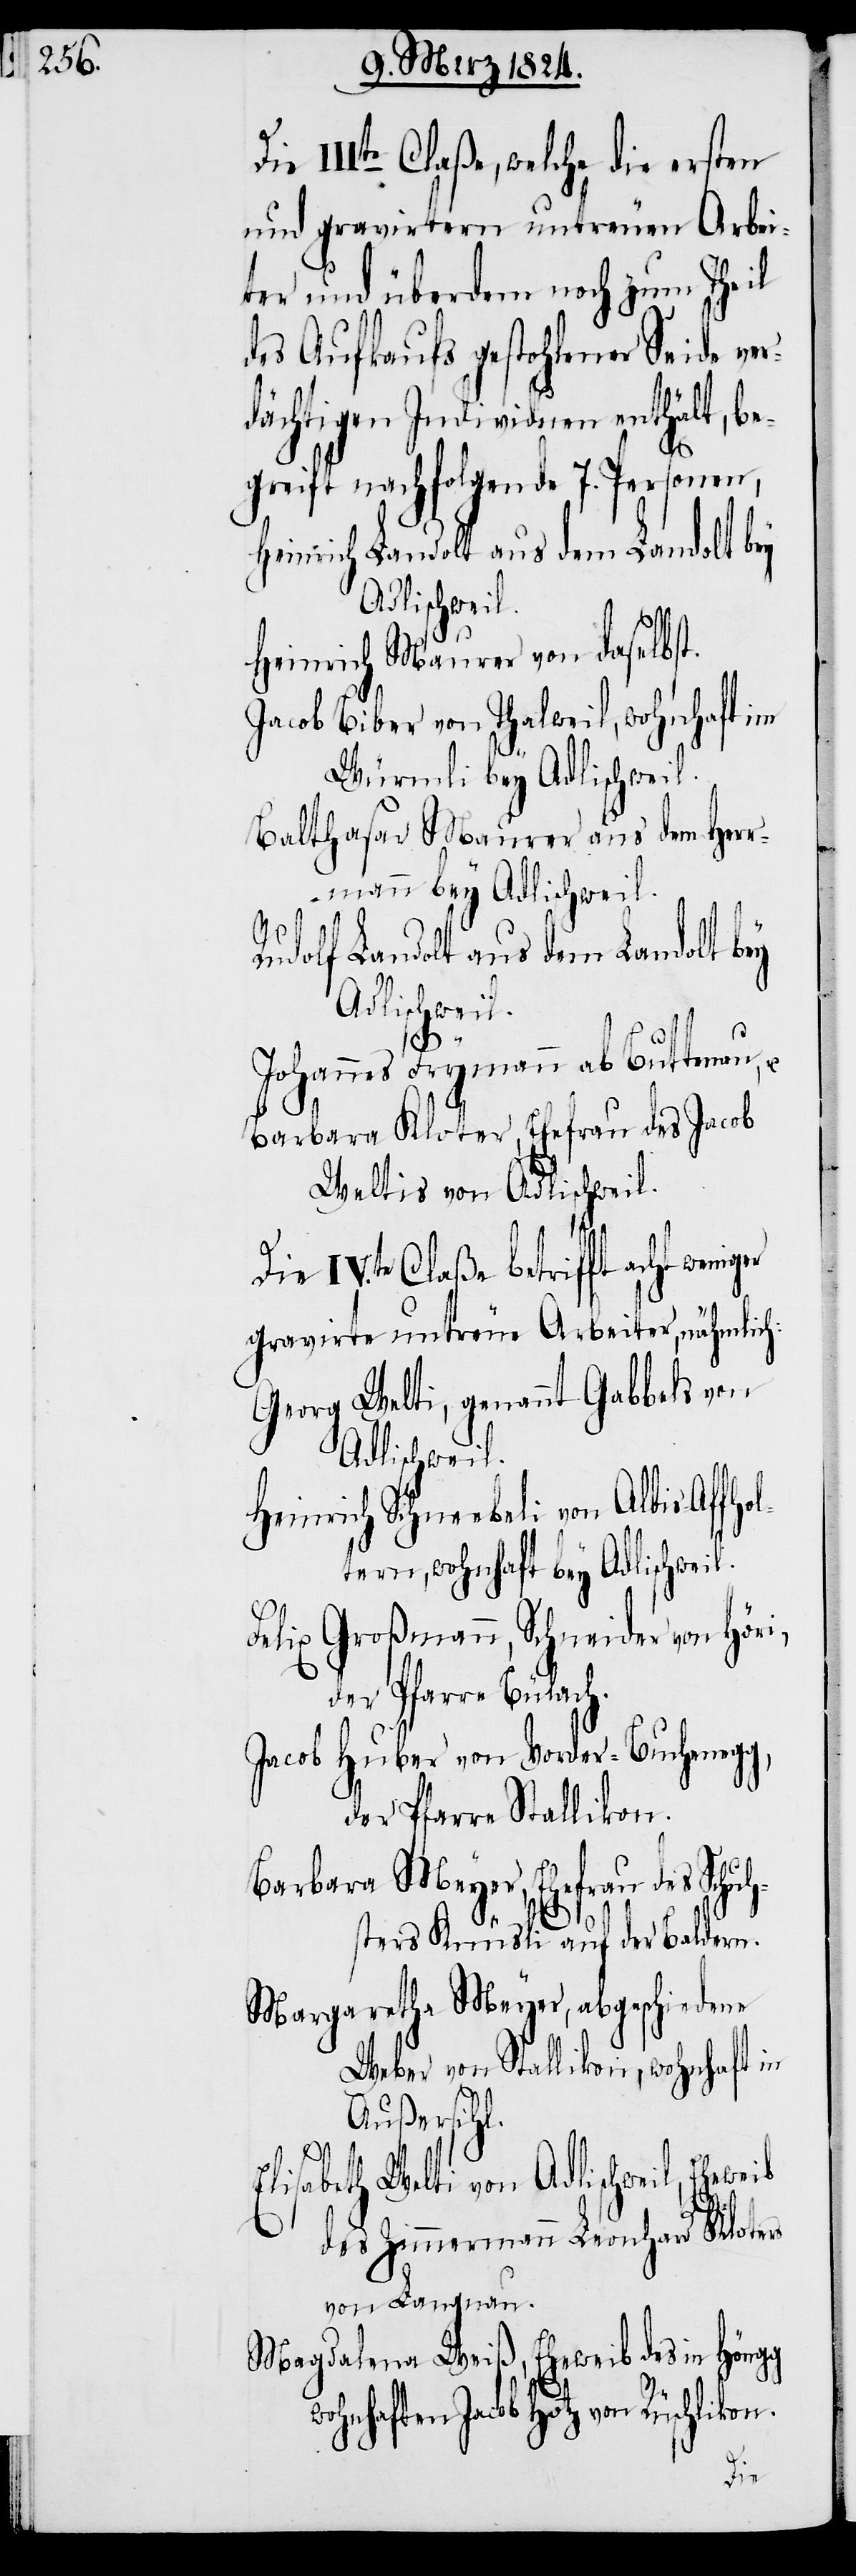
IIIte Claße, welche die ersten
und gravirtern untreuen Arbei¬
ter und überdem noch zum Theil
des Aufkaufs gestohlener Seide ver¬
dächtigen Individuen enthält, be¬
greift nachfolgende 7. Personen,
Heinrich Landolt aus dem Landolt bey
Adlischweil.
Heinrich Maurer von daselbst.
Jacob Biber von Thalweil, wohnhaft im
Würmli bey Adlischweil.
Balthasar Maurer aus dem Herr¬
mann bey Adlischweil.
h¬
Rudolf Landolt aus dem Landolt bey
h.
Johannes Frymann ab Buttenau,
Barbara Kloter, Ehefrau des Jacob
Weltis von Adlischweil.
Die IVte Claße betrifft acht wenig¬
gravirte untreue Arbeiter, nähmlich:
Georg Welti, genannt Gabbels von
Adlischweil.
Heinrich Schneebeli von Albis-Affhol¬
tern, wohnhaft bey Adlischweil.
Felix Großmann, Schneider von Höri,
der Pfarre Bülac¬
Jacob Huber von Vorder-Buchenegg,
der Pfarre Stallikon.
Barbara Meyer, Ehefrau des Schuc¬
sters Krünsli auf der Baldern.
Margaretha Meyer, abgeschiedene
Weber von Stallikon, wohnhaft in
Außersihl.
Elisabeth Welti von Adlischweil, E¬
heweib
des Zimmermann Leonhard Kloters
von Langnau.
Magdalena Weiß, Eheweib des in Höngg
wohnhaften Jacob Hotz von Rüschlikon.
Die